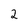
Character: 2